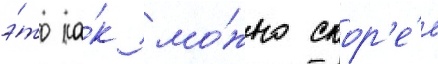
э́то ка́к мо́жно скор'е́е